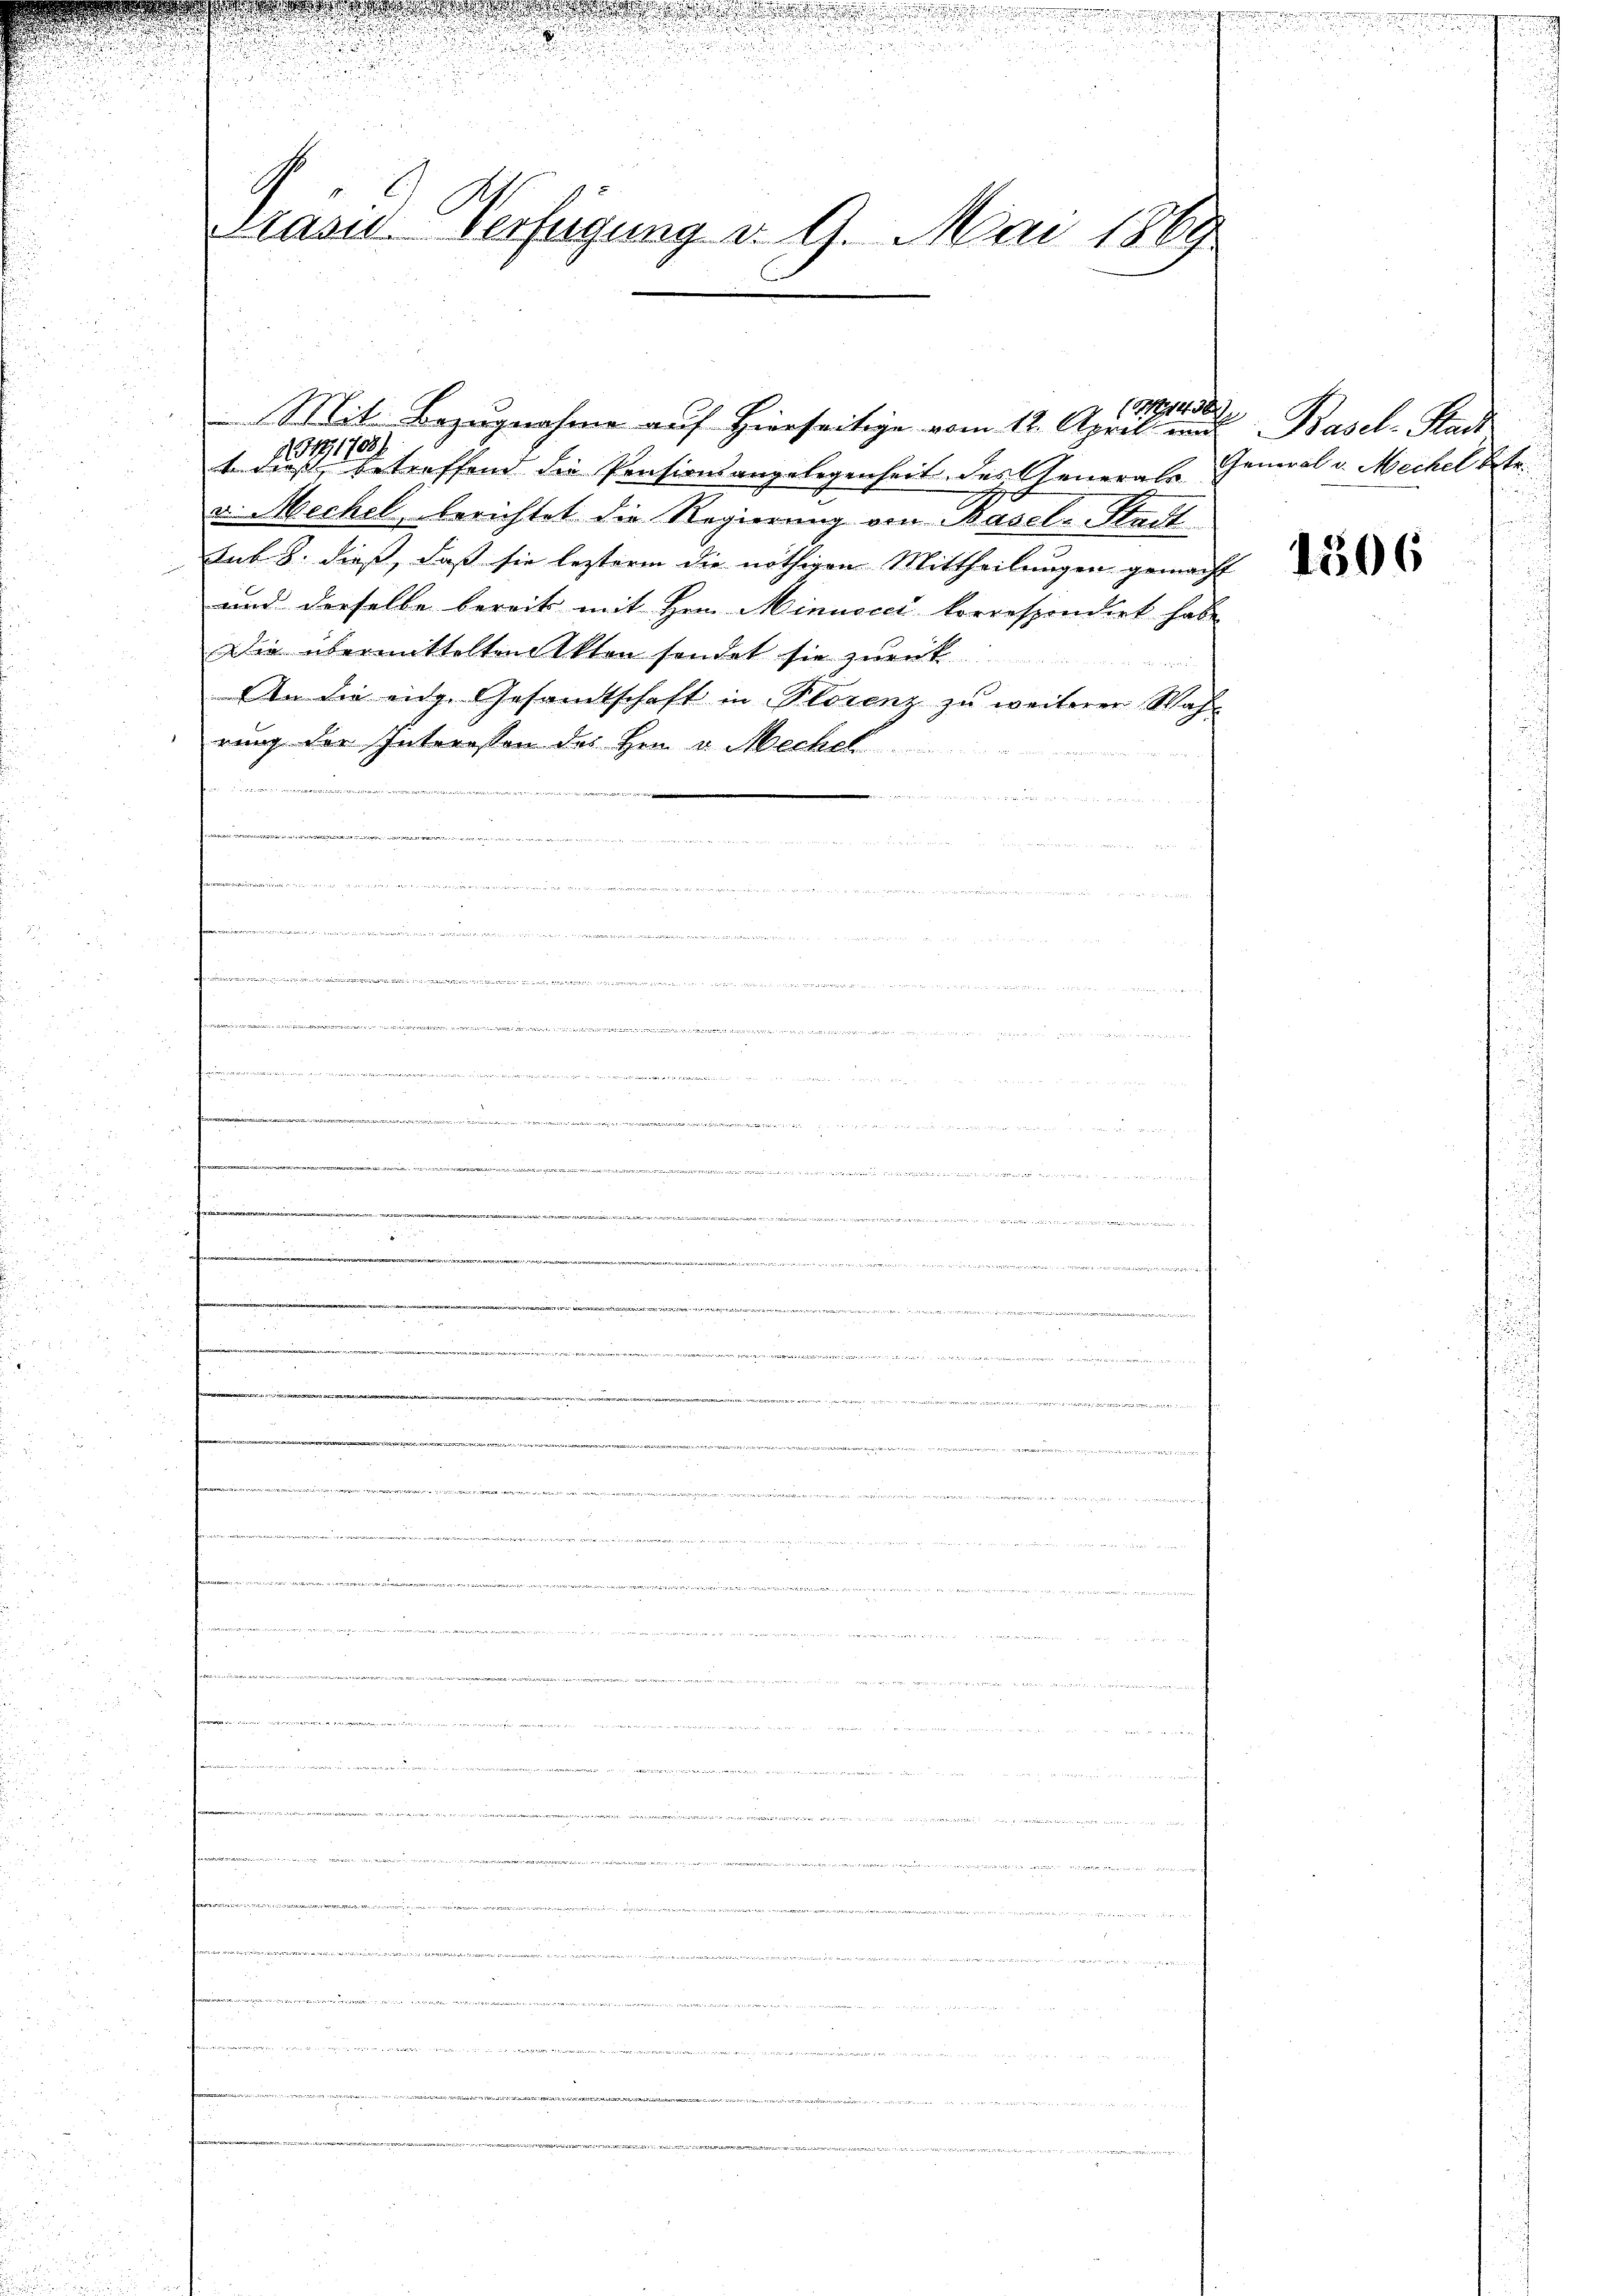
9
Pasid Verfügung d. 9. Mai 1869

i
X

254, 1702/
1 dieß, betreffend die Pensionsangelegenheit des Generals
v. Mechel, berichtet die Regierung von Basel-Stadt
Ank S. dieß, daß sie lezterm die nöthigen Mittheilungen gemach
und derselbe bereits mit Hrn. Minuocci korrespondirt hab
Die übermittelten Akten sonder sie zurück
 Energ
An die eidg. Gesamtschaft in Florenz zu weiterer Wah-
rung der Interessen des Herr v. Mechel
n
ennen, um nommenen ihre 1819. Febr. 100 u. des der Landeren
.

                                   einigen einen
 weiten,

d
da er in eine
  .  ..  ..

(1437
Mit Bezugnahme auf Hierseitige vom 12. April und Basel-Stadt

General v. Mechel betr.

1306